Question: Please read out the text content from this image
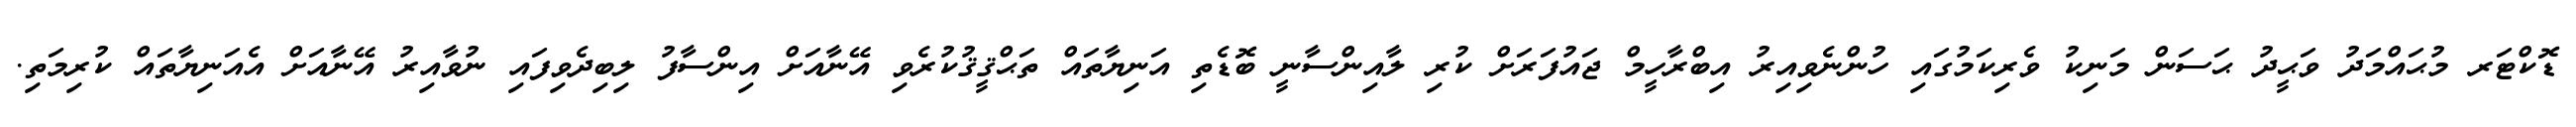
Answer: ޑޮކްޓަރ މުޙައްމަދު ވަޙީދު ޙަސަން މަނިކު ވެރިކަމުގައި ހުންނެވިއިރު އިބްރާހީމް ޖައުފަރަށް ކުރި ލާއިންސާނީ ބޮޑެތި އަނިޔާތައް ތަޙްޤީޤުކުރެވި އޭނާއަށް އިންސާފު ލިބިދެވިފައި ނުވާއިރު އޭނާއަށް އެއަނިޔާތައް ކުރިމަތި.